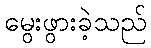
မွေးဖွားခဲ့သည်